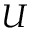
U